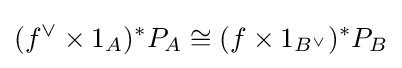
(f^{\vee }\times 1_{A})^{*}P_{A}\cong (f\times 1_{B^{\vee }})^{*}P_{B}